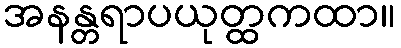
အနန္တရာပယုတ္ထကထာ။